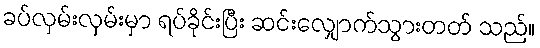
ခပ်လှမ်းလှမ်းမှာ ရပ်ခိုင်းပြီး ဆင်းလျှောက်သွားတတ် သည်။